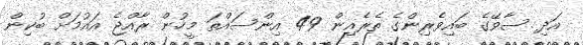
އަދި ސާވޭގެ ބައިވެރިންގެ ތެރެއިން 49 އިންސައްތަ މީހުން ރާއްޖެ އައުމަށް ބުކިން